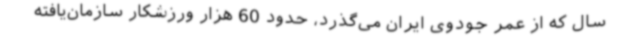
سال که از عمر جودوی ایران می‌گذرد، حدود 60 هزار ورزشکار سازمان‌یافته